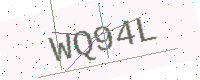
Text: WQ94L